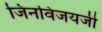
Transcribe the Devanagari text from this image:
जिनविजयजी